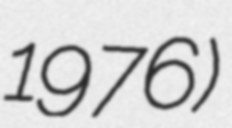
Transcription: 1976)